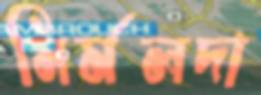
নির্মলদা